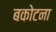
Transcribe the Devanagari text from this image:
बकोटना